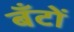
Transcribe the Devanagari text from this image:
बँटों